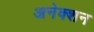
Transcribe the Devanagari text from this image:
अनेक्शन